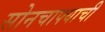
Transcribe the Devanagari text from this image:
सोनचाफ्याची